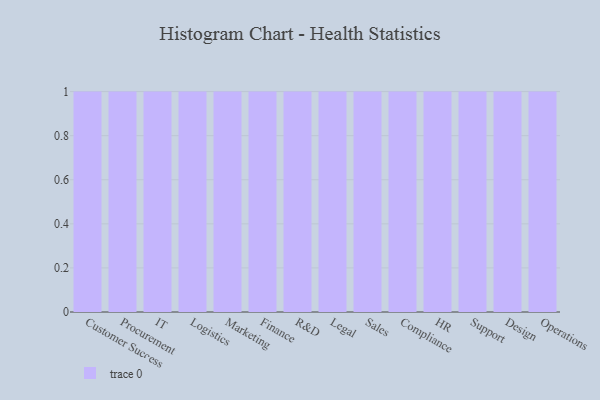
{"axis": {"x": "Department", "y": "Energy Usage (MWh)"}, "legend": [""], "data": [{"x": "Customer Success", "y": 4, "type": ""}, {"x": "Procurement", "y": 74, "type": ""}, {"x": "IT", "y": 24, "type": ""}, {"x": "Logistics", "y": 37, "type": ""}, {"x": "Marketing", "y": 46, "type": ""}, {"x": "Finance", "y": 91, "type": ""}, {"x": "R&D", "y": 80, "type": ""}, {"x": "Legal", "y": 99, "type": ""}, {"x": "Sales", "y": 91, "type": ""}, {"x": "Compliance", "y": 44, "type": ""}, {"x": "HR", "y": 83, "type": ""}, {"x": "Support", "y": 45, "type": ""}, {"x": "Design", "y": 8, "type": ""}, {"x": "Operations", "y": 92, "type": ""}]}